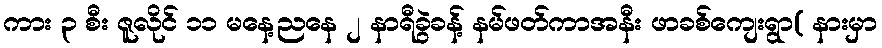
ကား ၃ စီး ဇူလိုင် ၁၁ မနေ့ညနေ ၂ နာရီခွဲခန့် နမ်ဖတ်ကာအနီး ဖာခစ်ကျေးရွာ( နားမှာ